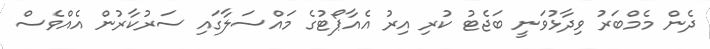
ދެން މެމްބަރު ވިދާޅުވަނީ ބަޖެޓު ކުރި އިރު އެއާޕޯޓުގެ މައްސަލާގައި ސަރުކާރުން އެއްވެސް